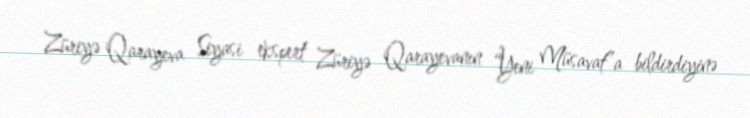
Züriyə Qarayeva Siyasi ekspert Züriyə Qarayevanın “Yeni Müsavat”a bildirdiyinə